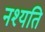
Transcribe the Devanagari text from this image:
नश्यति